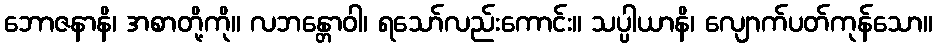
ဘောဇနာနိ၊ အစာတို့ကို။ လဘန္တောဝါ၊ ရသော်လည်းကောင်း။ သပ္ပါယာနိ၊ လျောက်ပတ်ကုန်သော။